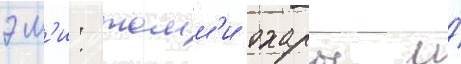
эм'и: томм'и охары и́